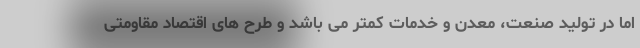
اما در تولید صنعت، معدن و خدمات کمتر می باشد و طرح های اقتصاد مقاومتی